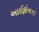
આઈફોનના